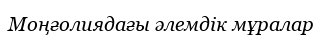
Моңғолиядағы әлемдік мұралар